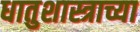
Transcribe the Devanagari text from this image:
धातुशास्त्राच्या